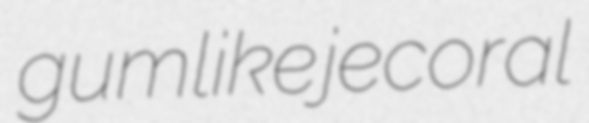
gumlike jecoral